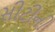
સીટીની